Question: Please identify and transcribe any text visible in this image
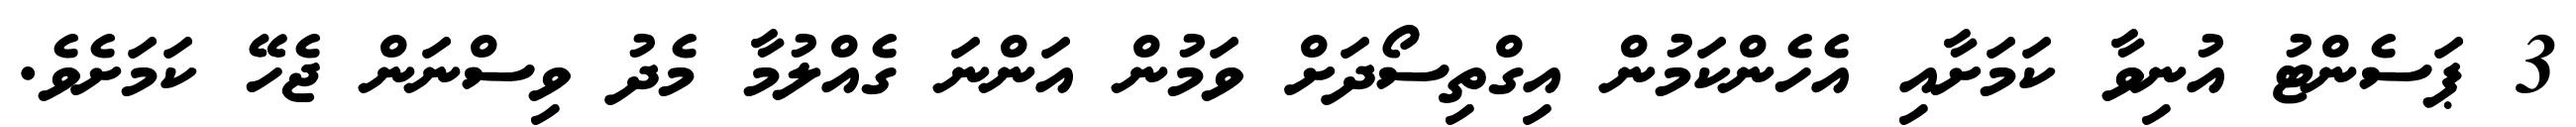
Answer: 3 ޕަސެންޓު އުނިވާ ކަމަށާއި އެހެންކަމުން އިގްތިސޯދަށް ވަމުން އަންނަ ގެއްލުމާ މެދު ވިސްނަން ޖެހޭ ކަމަށެވެ.